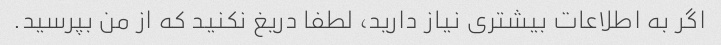
اگر به اطلاعات بیشتری نیاز دارید، لطفا دریغ نکنید که از من بپرسید.